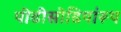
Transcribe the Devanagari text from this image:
पीढीसोढियांरूप